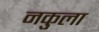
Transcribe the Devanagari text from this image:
नकुला